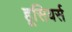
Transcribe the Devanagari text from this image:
हूसियर्स